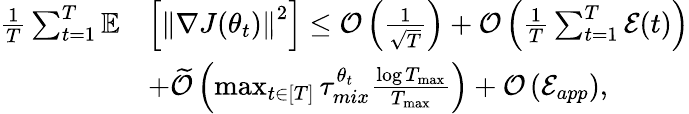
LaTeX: \begin{array}{rl}{\frac{1}{T}\sum_{t=1}^{T}\mathbb{E}}&{\left[\left\lVert\nabla J(\theta_{t})\right\rVert^{2}\right]\leq\mathcal{O}\left(\frac{1}{\sqrt{T}}\right)+\mathcal{O}\left(\frac{1}{T}\sum_{t=1}^{T}\mathcal{E}(t)\right)}\\ &{+\widetilde{\mathcal{O}}\left(\operatorname*{max}_{t\in[T]}\tau_{mix}^{\theta_{t}}\frac{\log T_{\operatorname*{max}}}{T_{\operatorname*{max}}}\right)+\mathcal{O}\left(\mathcal{E}_{app}\right),}\end{array}